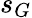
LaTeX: s_{G}